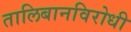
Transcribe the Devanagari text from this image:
तालिबानविरोधी